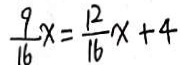
\frac { 9 } { 1 6 } x = \frac { 1 2 } { 1 6 } x + 4